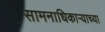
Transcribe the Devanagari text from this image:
सामनाधिकार्‍याच्या